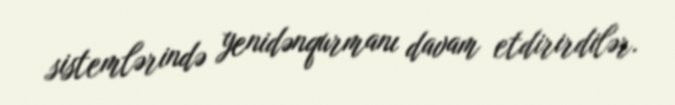
sistemlərində yenidənqurmanı davam etdirirdilər.